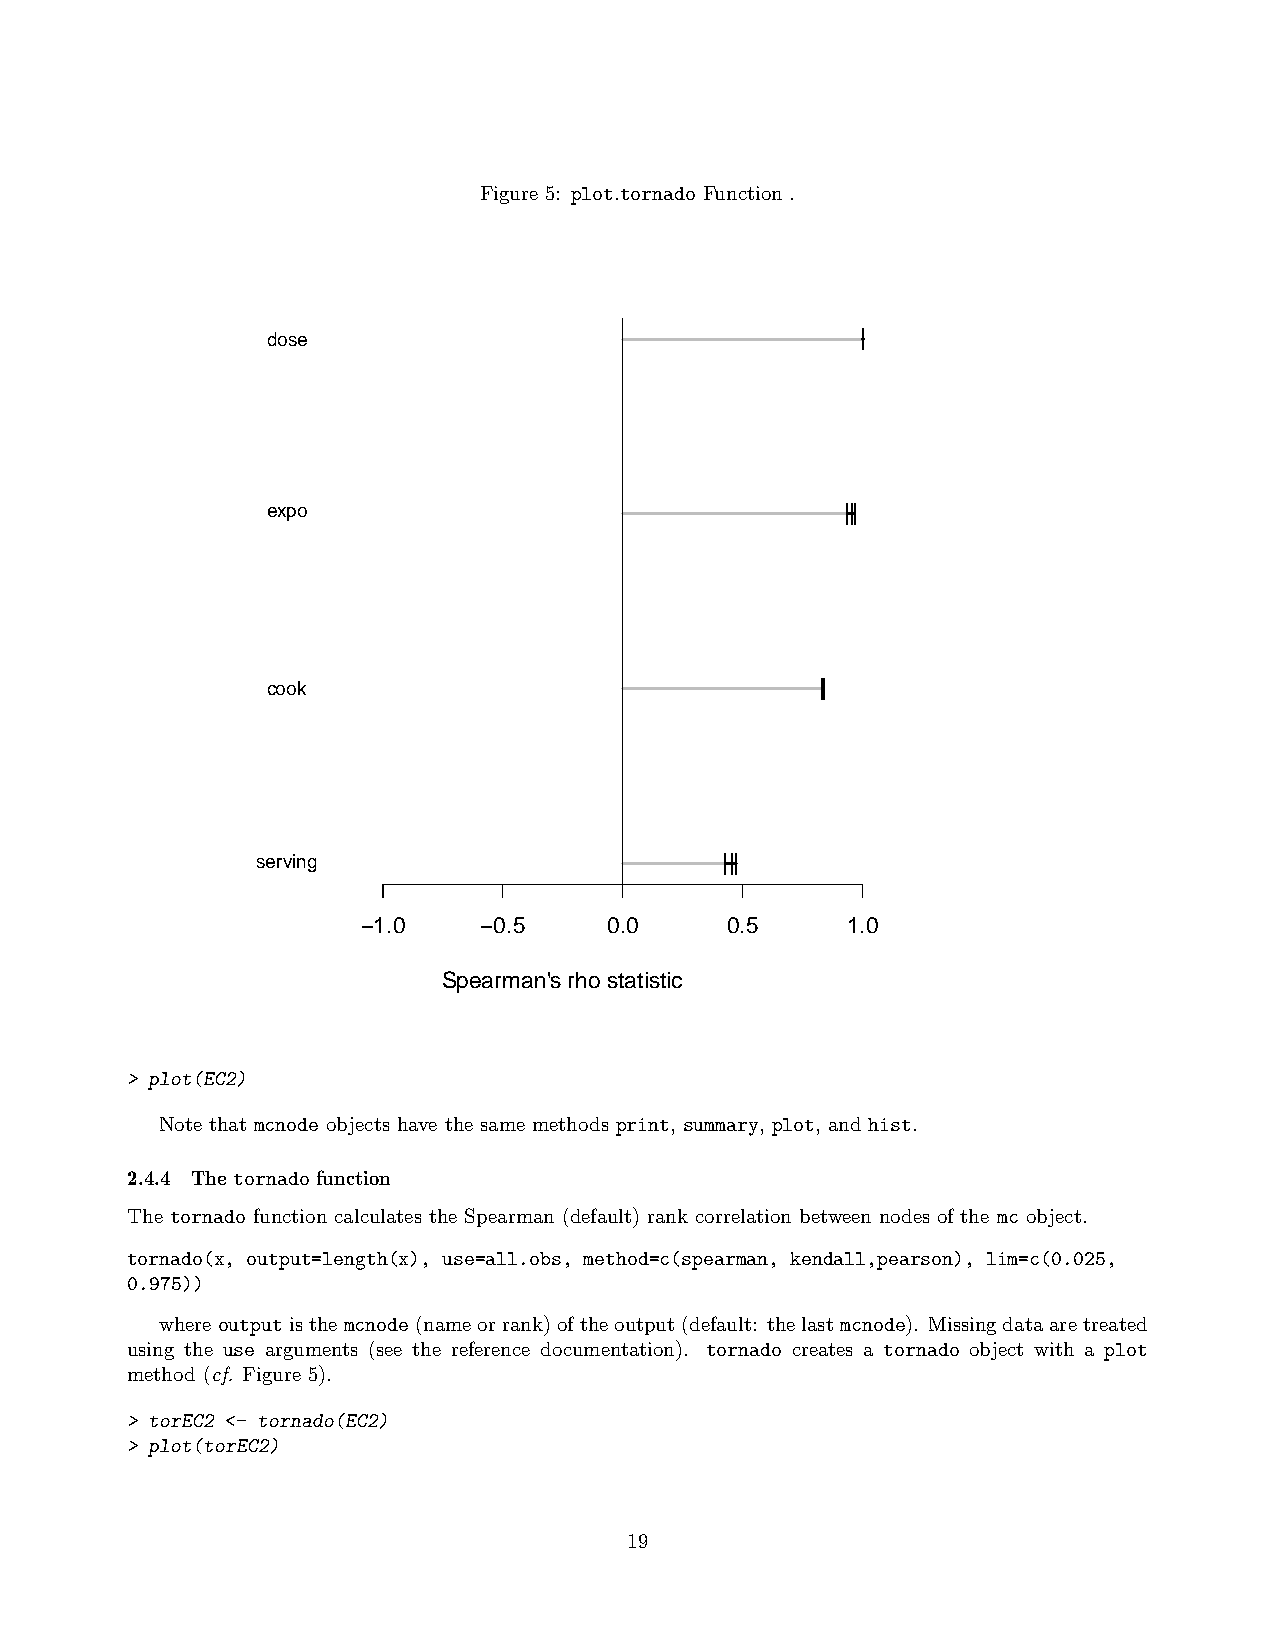
Figure 5: plot.tornado Function .
 dose                                   |||
 expo                                  |||
 cook                                |||
 serving                        |||
 −1.0    −0.5    0.0     0.5     1.0
 Spearman's rho statistic
 > plot(EC2)
 Note that mcnode objects have the same methods print, summary, plot, and hist.
 2.4.4 The tornado function
 The tornado function calculates the Spearman (default) rank correlation between nodes of the mc object.
 tornado(x, output=length(x), use=all.obs, method=c(spearman, kendall,pearson), lim=c(0.025,
 0.975))
 whereoutputisthemcnode(nameorrank)oftheoutput(default: thelastmcnode). Missingdataaretreated
 using the use arguments (see the reference documentation). tornado creates a tornado object with a plot
 method (cf. Figure 5).
 > torEC2 <- tornado(EC2)
 > plot(torEC2)
 19